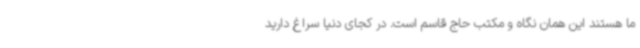
ما هستند این همان نگاه و مکتب حاج قاسم است. در کجای دنیا سراغ دارید